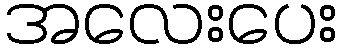
အလေးပေး